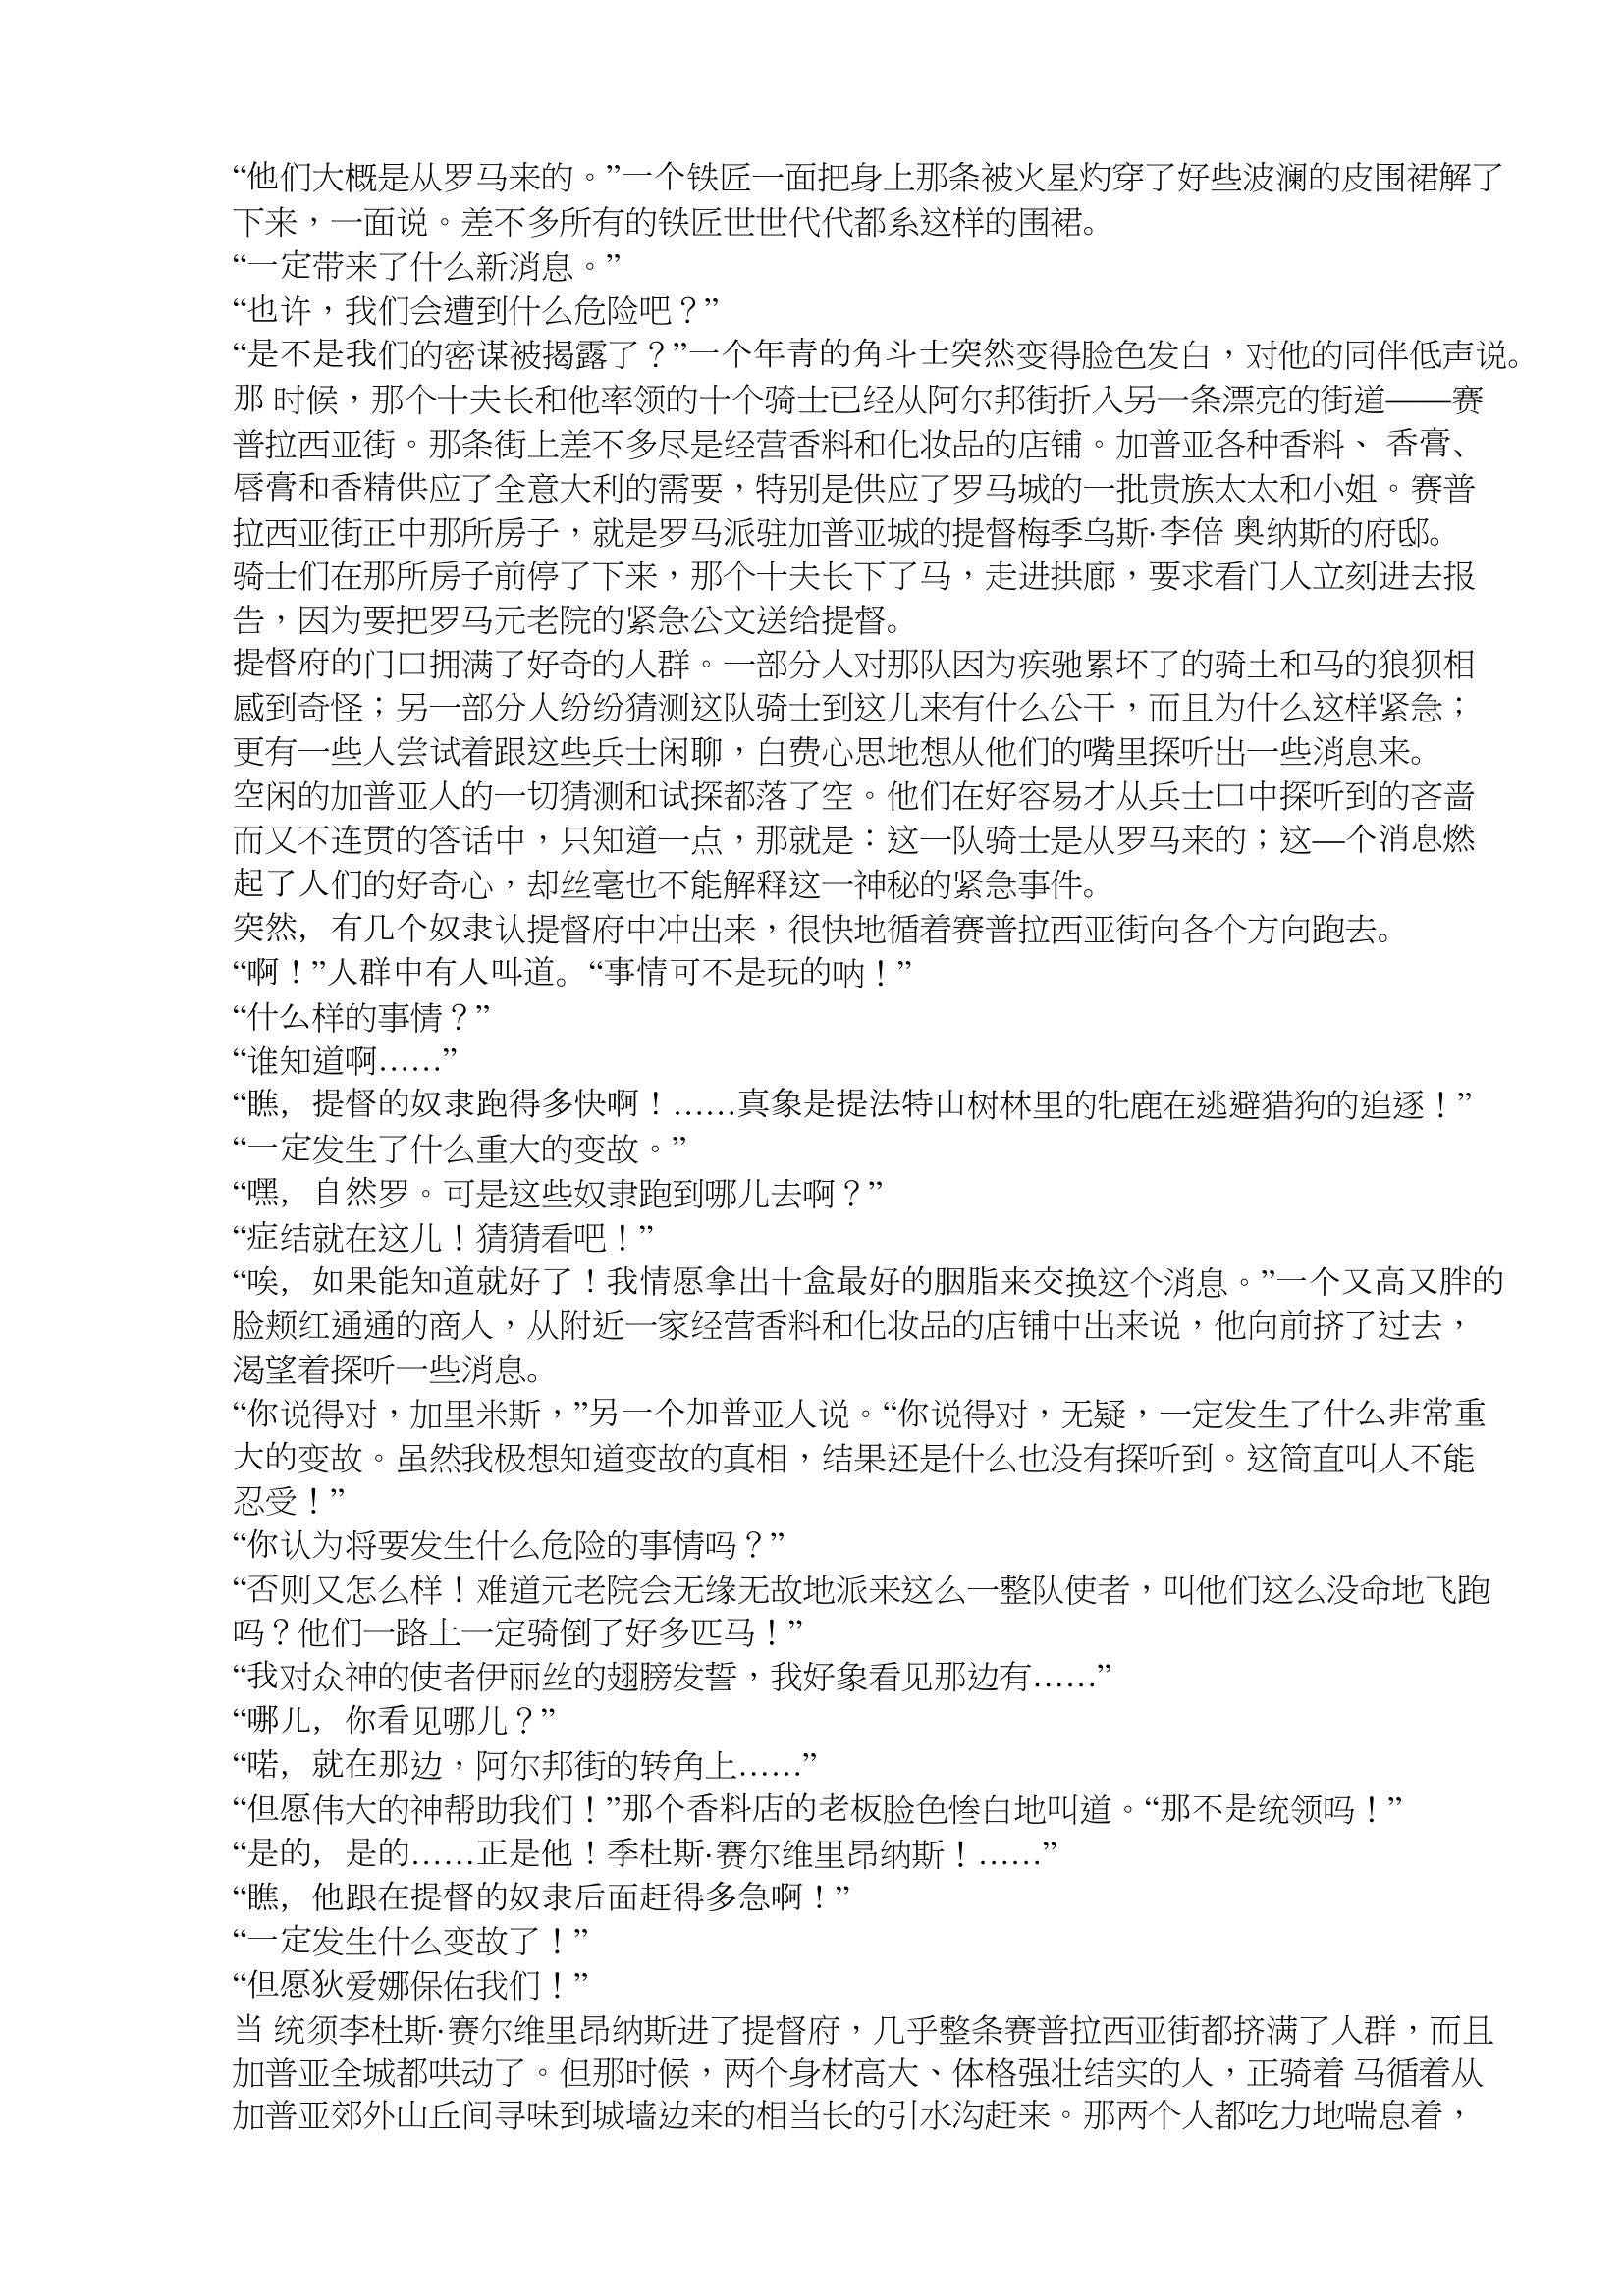
Language: zh